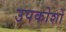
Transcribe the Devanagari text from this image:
उपकोशों